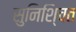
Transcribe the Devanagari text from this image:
सुनिशि्चत